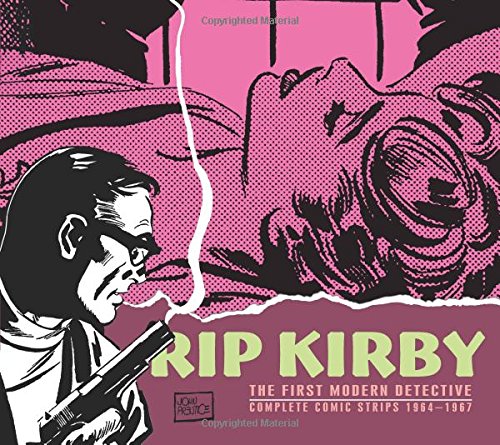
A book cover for Rip Kirby Volume 8 (Rip Kirby Hc); Fred Dickenson; Humor & Entertainment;